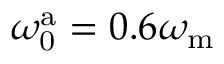
\omega _ { \mathrm { 0 } } ^ { \mathrm { a } } = 0 . 6 \omega _ { \mathrm { m } }